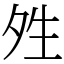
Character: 夝